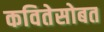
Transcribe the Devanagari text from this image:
कवितेसोबत